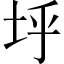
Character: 垀